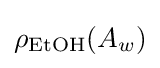
\rho _{\text{EtOH}}(A_{w})